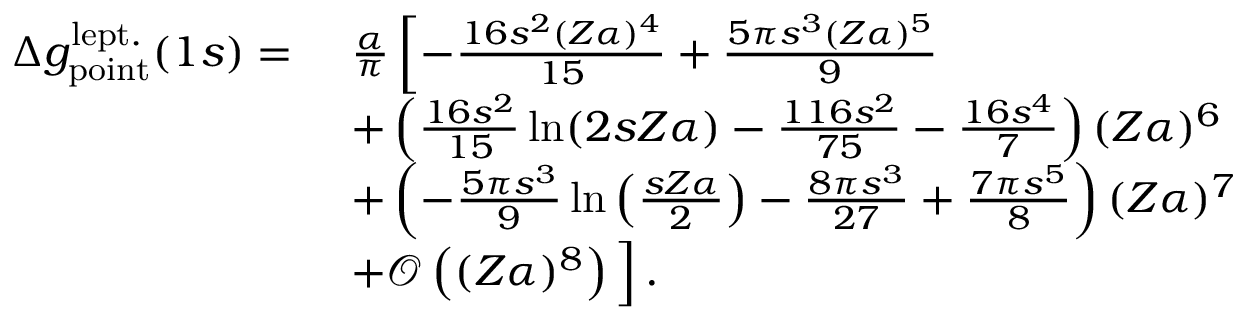
\begin{array} { r l } { \Delta { g } _ { \mathrm { p o i n t } } ^ { \mathrm { l e p t . } } ( 1 s ) = \ } & { \frac { \alpha } { \pi } \left[ - \frac { 1 6 s ^ { 2 } ( Z \alpha ) ^ { 4 } } { 1 5 } + \frac { 5 \pi s ^ { 3 } ( Z \alpha ) ^ { 5 } } { 9 } \right. } \\ & { + \left( \frac { 1 6 s ^ { 2 } } { 1 5 } \ln ( 2 s Z \alpha ) - \frac { 1 1 6 s ^ { 2 } } { 7 5 } - \frac { 1 6 s ^ { 4 } } { 7 } \right) ( Z \alpha ) ^ { 6 } } \\ & { + \left( - \frac { 5 \pi s ^ { 3 } } { 9 } \ln \left( \frac { s Z \alpha } { 2 } \right) - \frac { 8 \pi s ^ { 3 } } { 2 7 } + \frac { 7 \pi s ^ { 5 } } { 8 } \right) ( Z \alpha ) ^ { 7 } } \\ & { + \mathcal { O } \left( ( Z \alpha ) ^ { 8 } \right) \Big ] \, . } \end{array}